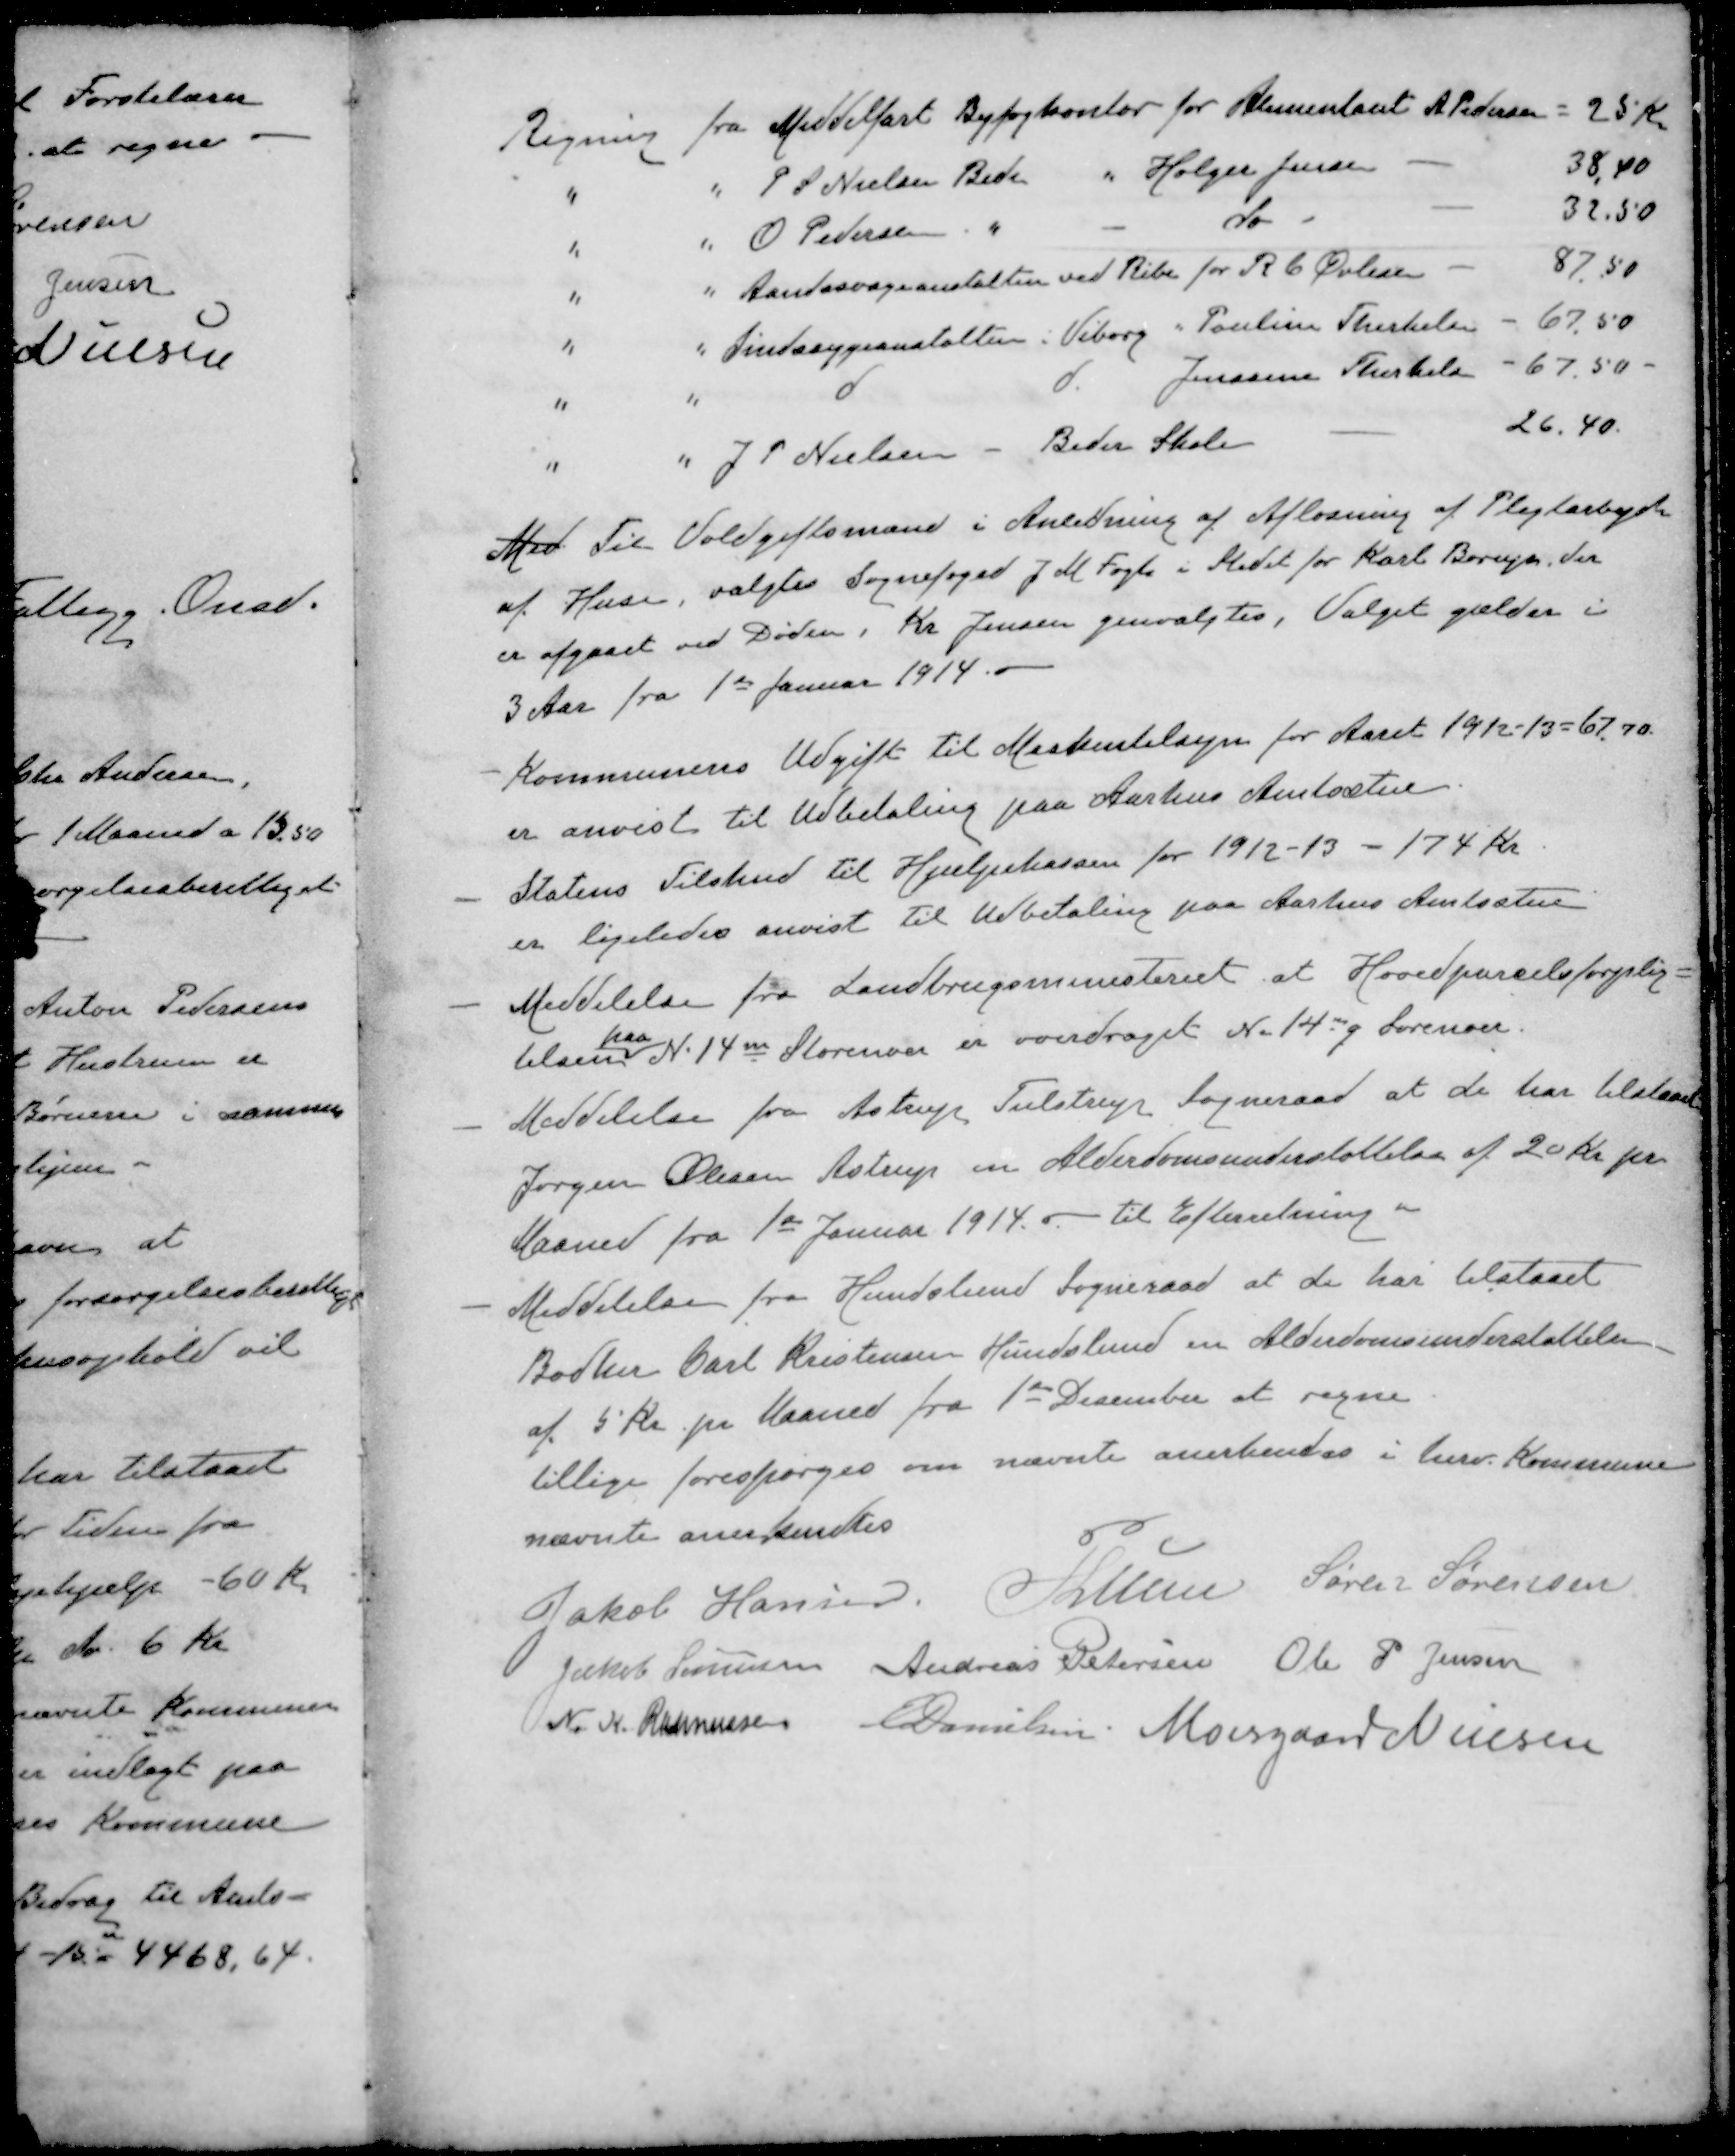
Transskription:
Regning fra Middelfart Byfogkontor for Alimentant A. Pedersen = 25 Kr.
" " P. S. Nielsen Beder " Holger Jensen - 38,40
" " O Pedersen " " do - 32,50
" " Aandssvageanstalten ved Ribe for R C Øvlisen - 87,50
" " Sindssygeanstalten i Viborg " Pouline Therkelsen - 67.50
" " d d Jenssine Therkels - 67,50
" " J P Nielsen - Beder Skole - 26.40.
Med Til Voldgiftsmand i Anledning af Afløsning af Pligtarbejde
af Huse, valgtes Sognefoged J M Fogh i Stedet for Karl Borup, der
er afgaaet ved Døden, Kr. Jensen genvalgtes. Valget gælder i
3 Aar fra 1st Januar 1914.
- Kommunens Udgift til Maskintilsyn for Aaret 1912 - 13 = 67, 70.
er anvist til Udbetaling paa Aarhus Amtsstue
- Statens Tilskud til Hjælpekassen for 1912-13 - 174 Kr
er ligeledes anvist til Udbetaling paa Aarhus Amtsstue
- Meddelelse fra Landbrugsministeriet at Hovedparcelsforplig
paa
telsen N. 14m Storenor er overdraget N. 14mq Sorenor
- Meddelelse fra Astrup Tulstrup Sogneraad at de har tilstaaet
Jørgen Olesen Astrup en Alderdomsunderstøttelse af 20 Kr pr.
Maaned fra 1st Januar 1914. -. til Efterretning
- Meddelelse fra Hundslund Sogneraad at de har tilstaaet
Bødker Carl Kristensen Hundslund en Alderdomsunderstøttelse
af 5 Kr pr Maaned fra 1ste December at regne.
tillige forespørges om nævnte anerkendes i herv. Kommune
nævnte anerkendtes
Jakob Hansen
P Lunn
Søren Sørensen
Jakob Sørensen
Andreas Petersen
Ole P Jensen
N. K. Rasmussen
E Danielsen
Moesgaard Nielsen